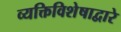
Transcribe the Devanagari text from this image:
व्यक्तिविशेषाद्वारे